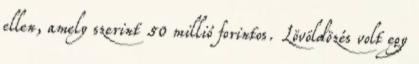
ellen, amely szerint 50 millió forintos. Lövöldözés volt egy